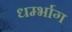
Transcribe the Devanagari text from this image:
धर्म्भाग